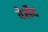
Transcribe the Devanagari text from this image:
वेर्सेद